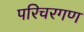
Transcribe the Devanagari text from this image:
परिचरगण